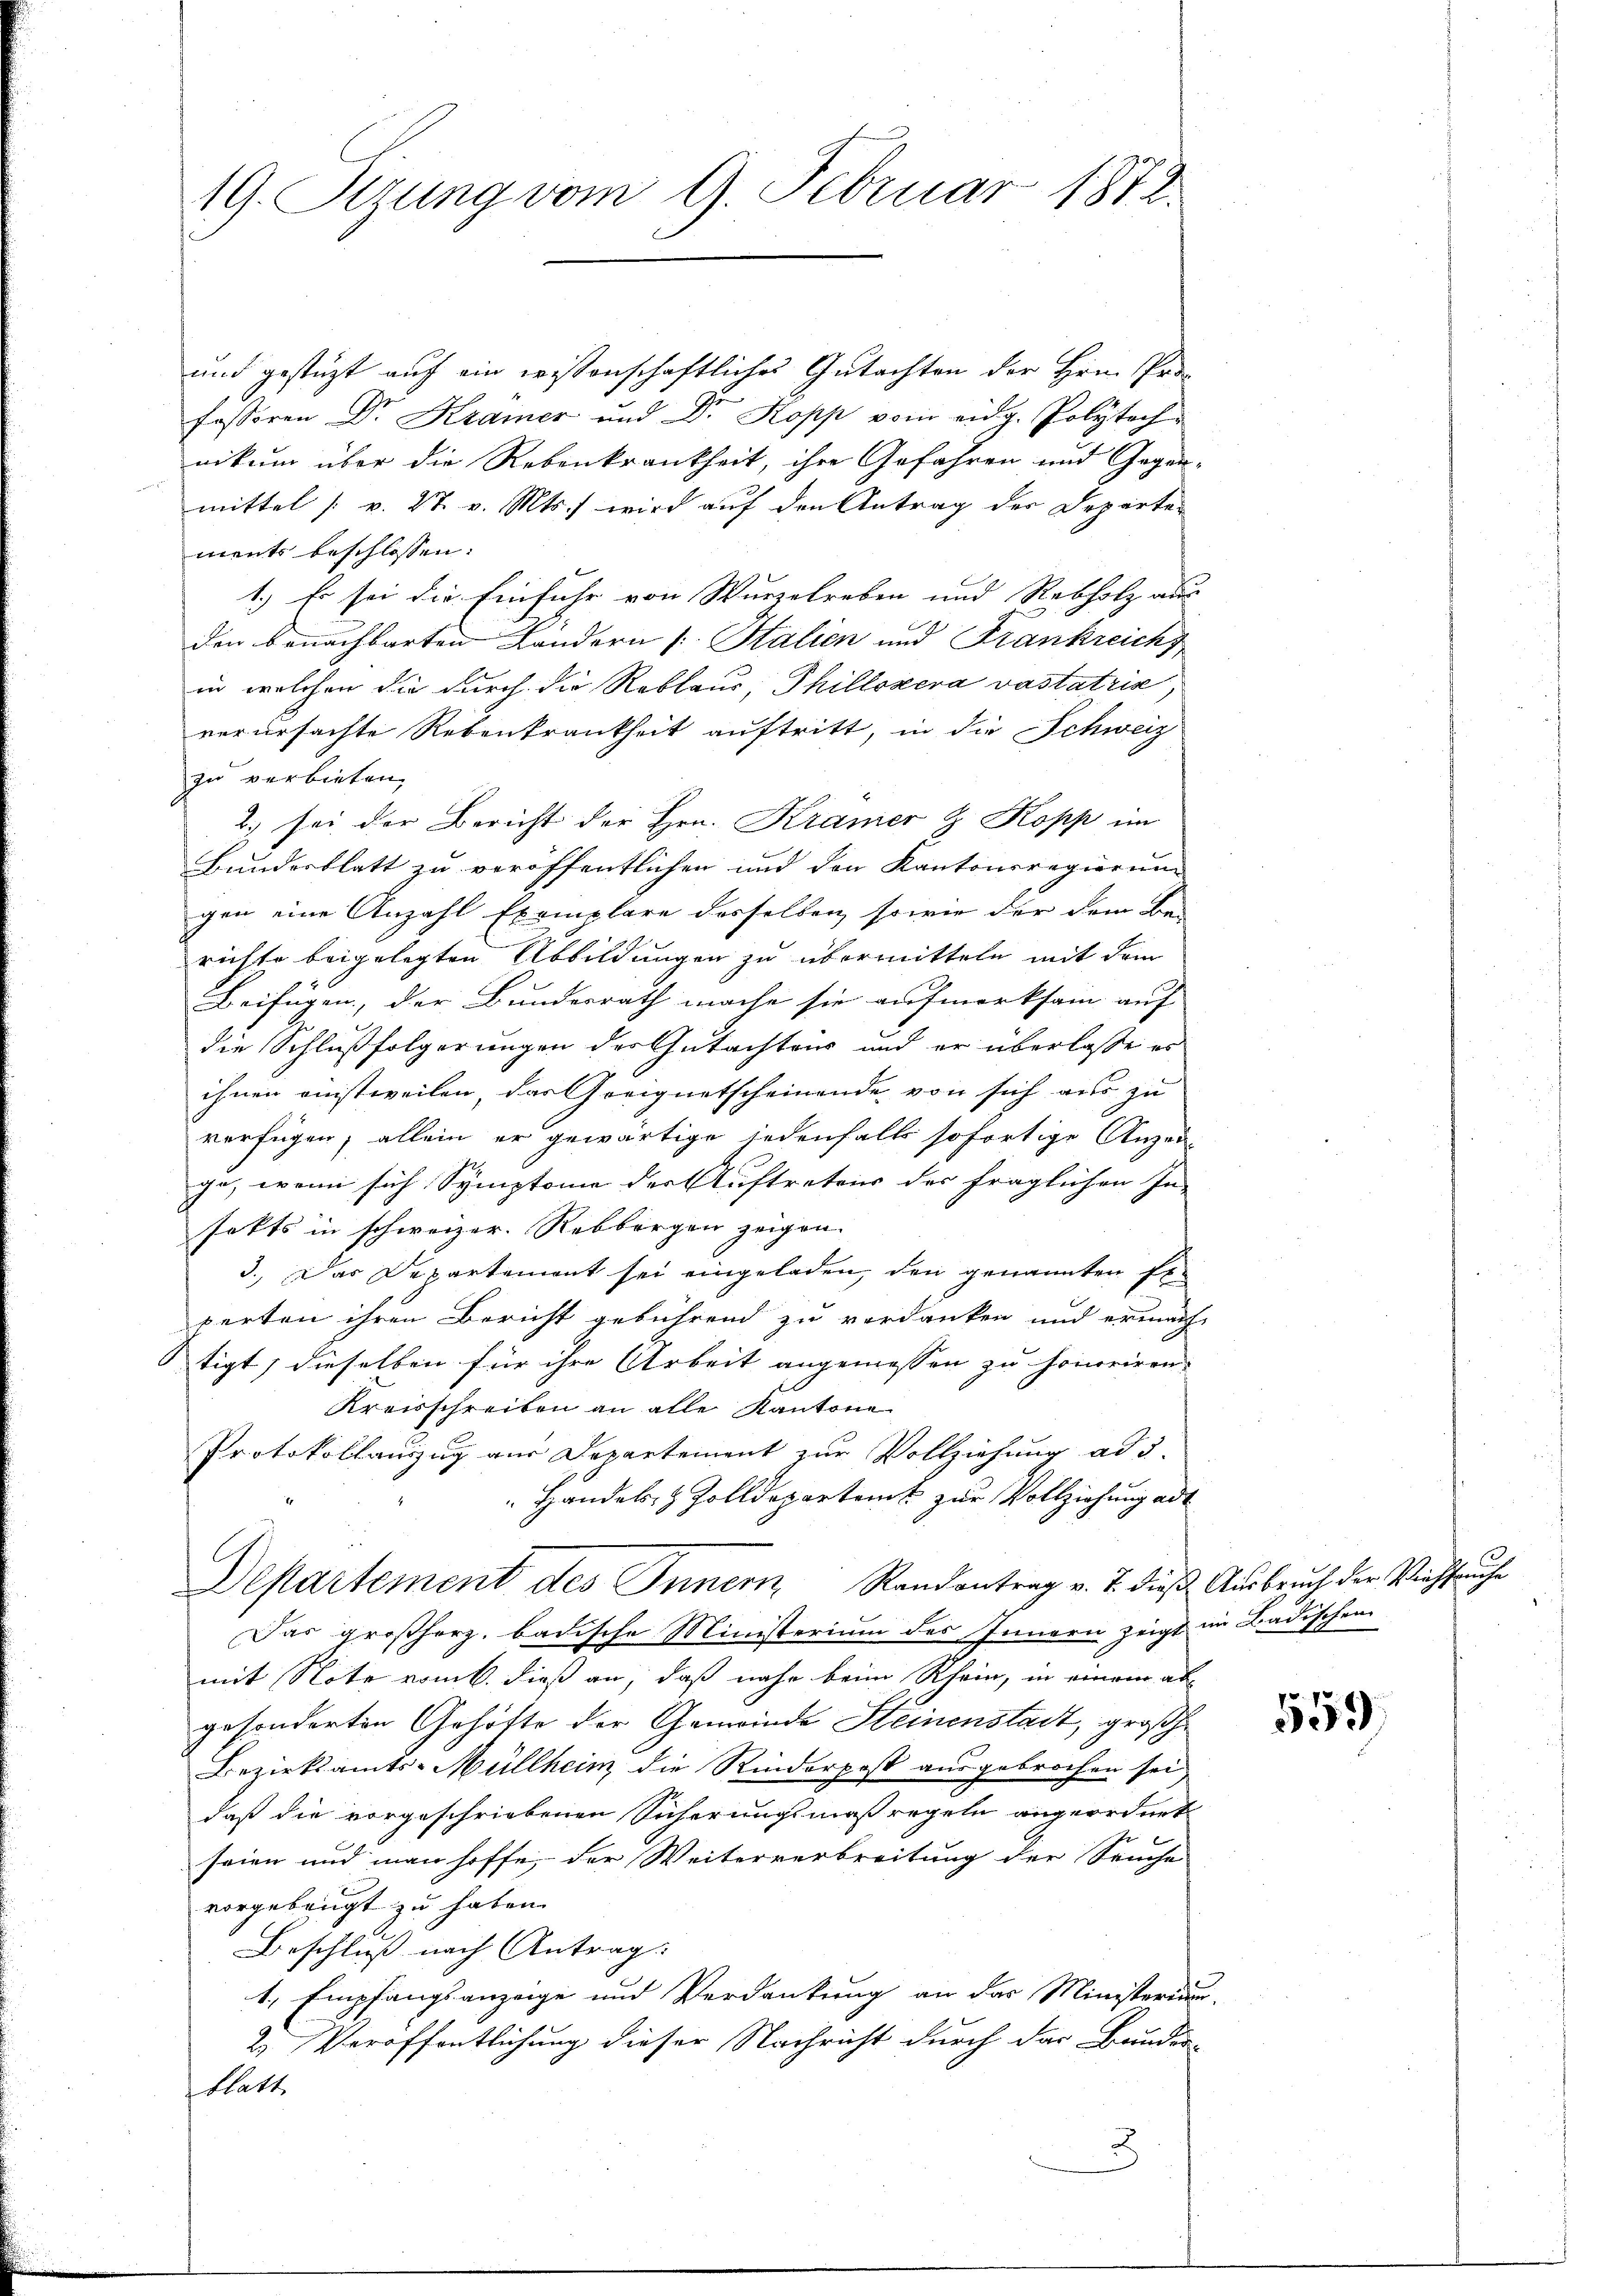
19. Stung vom 9. Februar 1872

und gestüzt auf ein wissenschaftliches Gutachten der Hrn. Pro-
fessoren Dr. Krämer und Dr. Kopp vom eidg. Polytechnikum über die Rebenkrankheit, ihre Gefahren und Gegenmittel [ v. 27. v. Mts., wird auf den Antrag der Departen
ments beschlossen:
1.) Es sei die Einfuhr von Wurzelreben und Rebholz aus
Ein
den benachbarten Ländern (: Stalien und Frankreichs
in welchen die durch die Reblaus, Phillszera vastatria,
verursachte Rebenkrankheit auftritt, in die Schweiz
zu verbieten,
2.) sei der Bericht der Hrn. Kramer z. Kopp im
Bundesblatt zu veröffentlichen und den Kantonsregierung
gen eine Anzahl Exemplare desselben sowie der dem Be-
richte beigelegten Abbildungen zu übermitteln mit dem
Beifügen, der Bundesrath mache sie aufmerksam auf
die Schlußfolgerungen des Gutachtens und er überlasse es
ihnen einstweilen, das Geeignetscheinende von sich aus zu
verfügen; allein er gewärtige jedenfalls sofortige Anzei
ge, wenn sich Symptome der Auftretens der fraglichen In-
fekts in schweizer. Rebbergen zeigen.
3. Das Departement sei eingeladen, den genannten Er-
perten ihren Bericht gebührend zu verdanken und ermach
tigt, dieselben für ihre Arbeit angemessen zu honoriren.
Kreisschreiben an alle Kantone
Protokollauszug aus Departement zur Vollziehung ad 3.
 Handels- & Zolldepartamt zur Vollziehung ad
Departement des Innern Randantrag v. 7. dieβ Aŭsbrŭch der Viehseuche
Das großherz, badische Ministerium des Innern zeigt
mit Note vom 6. dieß an, daß nahe beim Rhein, in einem abgesonderten Gehöfte der Gemeinde Steinenstadt, groß¬
Bezirksamts-Müllheim die Rinderpost ausgebrochen sei,
daß die vorgeschriebenen Sicherungsmaßregeln angeordnet
seien und man hoffe, der Weiterverbreitung der Seuche
vorgebeugt zu haben.
Beschluß nach Antrag:
1., Empfangsanzeige und Verdankung an das Ministerium
2. Veröffentlichung dieser Nachricht durch der Bauder-
Blatt.

im Badischen

u

pr. 1
359